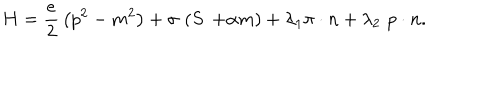
H = \frac e 2 \, \left( p ^ { 2 } - m ^ { 2 } \right) + \sigma \, \left( S \cdotp + \alpha m \right) + \lambda _ { 1 } \pi \cdot n + \lambda _ { 2 } \, \, p \cdot n .